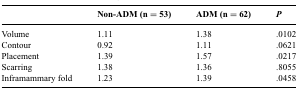
<table><thead><tr><td></td><td><b>Non-ADM (n = 53)</b></td><td><b>ADM (n = 62)</b></td><td><b><i>P</i></b></td></tr></thead><tbody><tr><td>Volume</td><td>1.11</td><td>1.38</td><td>.0102</td></tr><tr><td>Contour</td><td>0.92</td><td>1.11</td><td>.0621</td></tr><tr><td>Placement</td><td>1.39</td><td>1.57</td><td>.0217</td></tr><tr><td>Scarring</td><td>1.38</td><td>1.36</td><td>.8055</td></tr><tr><td>Inframammary fold</td><td>1.23</td><td>1.39</td><td>.0458</td></tr></tbody></table>